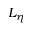
L _ { \eta }